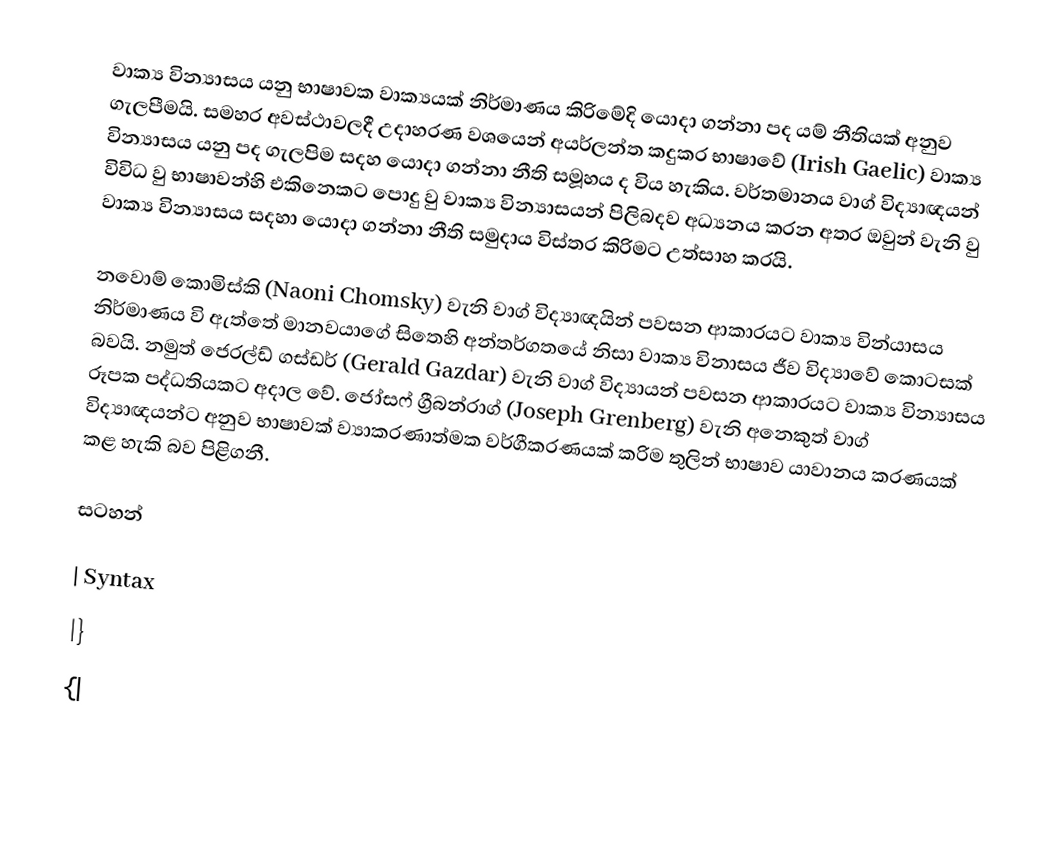
වාක්‍ය වින්‍යාසය යනු භාෂාවක වාක්‍යයක් නිර්මාණය කිරිමේදි ‍යොදා ගන්නා පද යම් නීතියක් අනුව ගැලපීමයි. සමහර අවස්ථාවලදී උදාහරණ වශයෙන් අයර්ලන්ත කදුකර භාෂාවේ (Irish Gaelic) වාක්‍ය වින්‍යාසය යනු පද ගැලපිම සදහ යොදා ගන්නා නීති සමූහය ද විය හැකිය. වර්තමානය වාග් විද්‍යාඥයන් විවිධ වු භාෂාවන්හි එකිනෙකට පොදු වු වාක්‍ය වින්‍යාසයන් පිලිබදව අධ්‍යනය කරන අතර ඔවුන් වැනි වු වාක්‍ය වින්‍යාසය සදහා යොදා ගන්නා නීති සමුදාය විස්තර කිරිමට උත්සාහ කරයි.

නවොම් කොමිස්කි (Naoni Chomsky) වැනි වාග් විද්‍යාඥයින් පවසන ආකාරයට වාක්‍ය වින්යාසය නිර්මාණය වි ඇත්තේ මානවයාගේ සිතෙහි අන්තර්ගතයේ නිසා වාක්‍ය විනාසය ජීව විද්‍යාවේ කොටසක් බවයි. නමුත් ජෙරල්ඩ් ගස්ඩර් (Gerald Gazdar) වැනි වාග් විද්‍යායන් පවසන ආකාරයට වාක්‍ය වින්‍යාසය රූපක පද්ධතියකට අදාල වේ. ජෝසෆ් ග්‍රීබන්රාග් (Joseph Grenberg) වැනි අනෙකුත් වාග් විද්‍යාඥයන්ට අනුව භාෂාවක් ව්‍යාකරණාත්මක වර්ගීකරණයක් කරිම තුලින් භාෂාව යාවානය කරණයක් කළ හැකි බව පිළි‍ගනී.

සටහන්

| Syntax
|}
{|